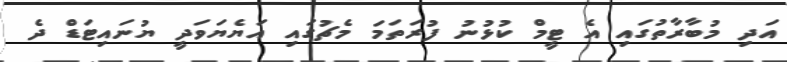
އަދި މުބާރާތުގައި އެ ޓީމް ކުޅުނު ފުރަތަމަ މެޗުގައި އަޔެޔަވަދީ ޔުނައިޓަޑް ދެ